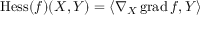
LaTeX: \operatorname { H e s s } ( f ) ( X , Y ) = \langle \nabla _ { X } \operatorname { g r a d } f , Y \rangle